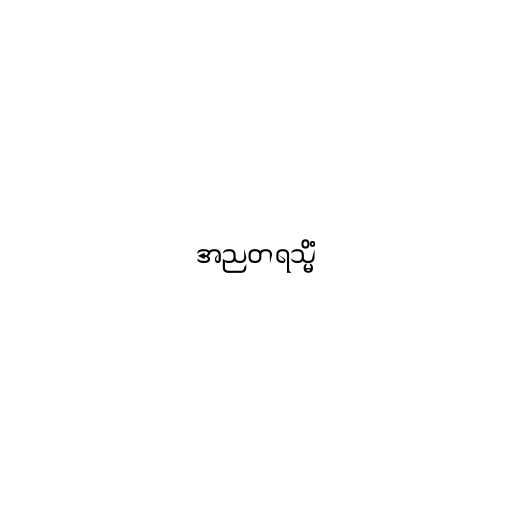
အညတရသ္မိံ